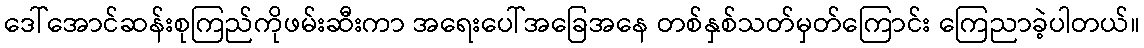
ဒေါ်အောင်ဆန်းစုကြည်ကိုဖမ်းဆီးကာ အရေးပေါ်အခြေအနေ တစ်နှစ်သတ်မှတ်ကြောင်း ကြေညာခဲ့ပါတယ်။